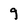
Character: 9